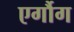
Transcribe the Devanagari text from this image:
एर्गौग